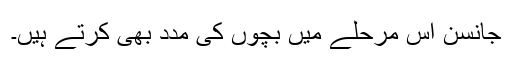
جانسن اس مرحلے میں بچوں کی مدد بھی کرتے ہیں۔